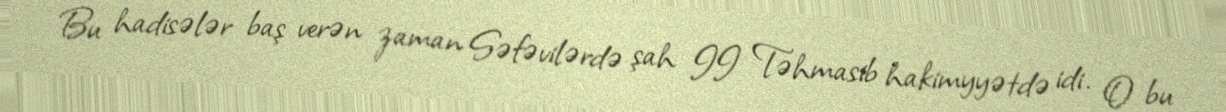
Bu hadisələr baş verən zaman Səfəvilərdə şah II Təhmasib hakimyyətdə idi. O bu